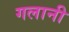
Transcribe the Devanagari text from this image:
गलानी